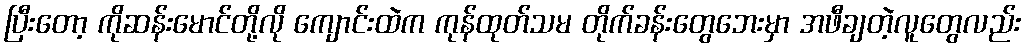
ပြီးတော့ ကိုဆန်းမောင်တို့လို ကျောင်းထဲက ကုန်ထုတ်သမ တိုက်ခန်းတွေဘေးမှာ အဖီချတဲ့လူတွေလည်း